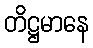
တိဋ္ဌမာနေ